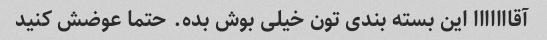
آقااااااا این بسته بندی تون خیلی بوش بده. حتما عوضش کنید